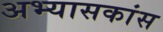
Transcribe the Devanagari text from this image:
अभ्यासकांस